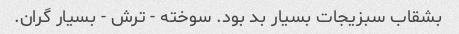
بشقاب سبزیجات بسیار بد بود. سوخته - ترش - بسیار گران.